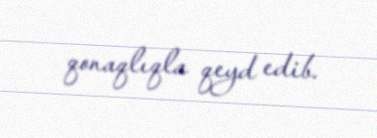
qonaqlıqla qeyd edib.